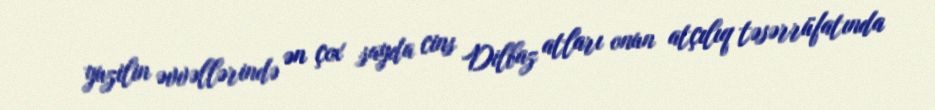
yuzilin əvvəllərində ən çox sayda cins Dilbaz atları onun atçılıq təsərrüfatında